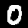
Digit: 0